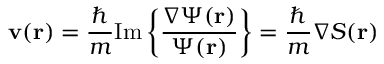
\mathbf { v } ( \mathbf { r } ) = \frac { \hbar } { m } \mathrm { I m } \left\{ \frac { \nabla \Psi ( \mathbf { r } ) } { \Psi ( \mathbf { r } ) } \right\} = \frac { \hbar } { m } \nabla \cal { S } ( \mathbf { r } )